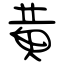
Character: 黄